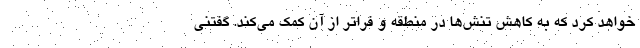
خواهد کرد که به کاهش تنش‌ها در منطقه و فراتر از آن کمک می‌کند. گفتنی